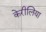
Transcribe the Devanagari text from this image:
केरीलिया